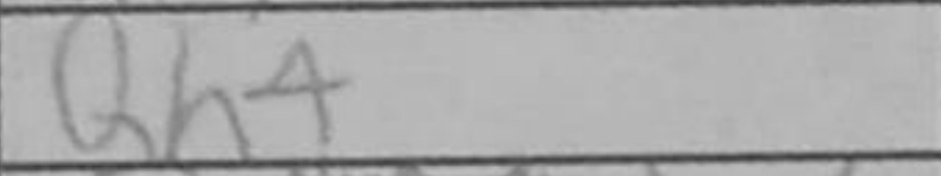
Transcription: Qh4